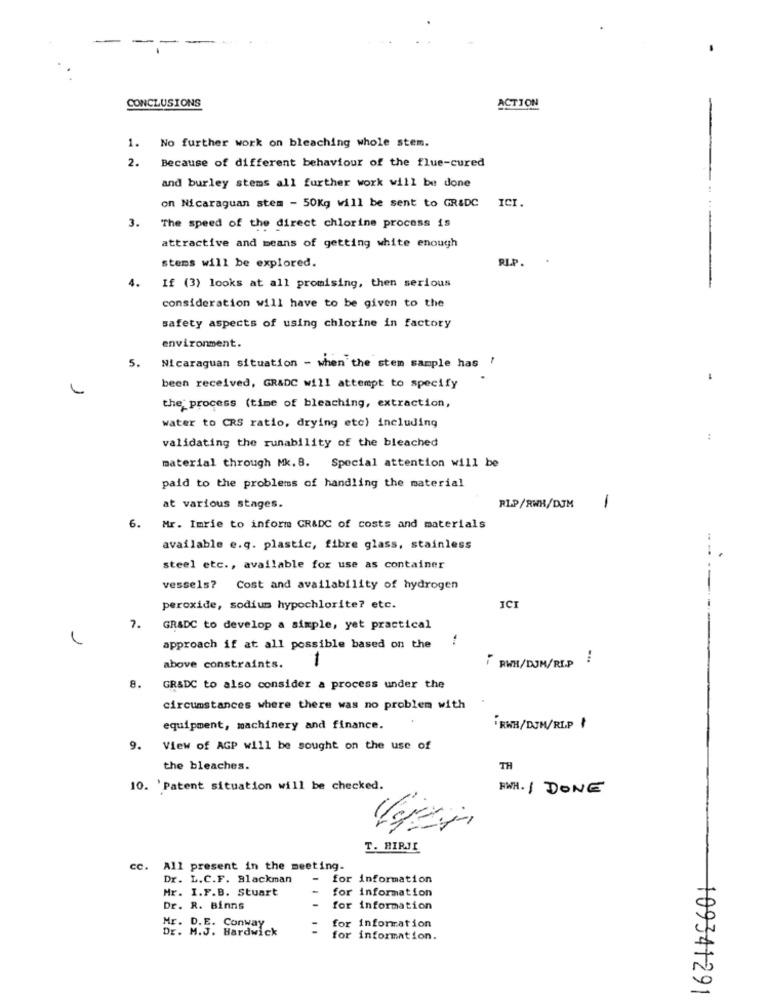
CONCLUSIONS
ACTION
1. No further work on bleaching whole stem.
2.
Because of different behaviour of the flue-cured
and burley stems all further work will be done
ICI.
on Nicaraguan stem - 50Kg will be sent to GR&DC
3.
The speed of the direct chlorine process is
attractive and means of getting white enough
stems will be explored.
RIP.
4.
If (3) looks at all promising, then serious
consideration will have to be given to the
safety aspects of using chlorine in factory
environment.
5.
Nicaraguan situation - when the stem sample has !
-
been received, GRADC will attempt to specify
the process (time of bleaching, extraction,
water to CRS ratio, drying etc) including
:
validating the runability of the bleached
material through Mk.B. Special attention will be
paid to the problems of handling the material
at various stages.
RIP/RWH/DJM
1
6.
Mr. Imrie to inform GR&DC of costs and materials
available e.g. plastic, fibre glass, stainless
steel etc ., available for use as container
vessels? Cost and availability of hydrogen
peroxide, sodium hypochlorite? etc.
ICI
7.
GR&DC to develop a simple, yet practical
approach if at all possible based on the
1
above constraints.
; RWH/DJM/RI.P
8.
GR&DC to also consider a process under the
circumstances where there was no problem with
equipment, machinery and finance.
RWH/DJM/RLP
9.
View of AGP will be sought on the use of
the bleaches.
TH
10. 'Patent situation will be checked.
EWA. I DONE
T. HIRJI
cc.
All present in the meeting.
Dr. L.C.F. Blackman
for information
Mr. I.F.B. Stuart
for information
Dr. R. Binns
for information
Dr. M.J. Hardwick
Mr. D.E. Conway
.....
information
for information.
109341291